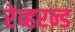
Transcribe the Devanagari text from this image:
रेव्हरन्ड